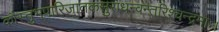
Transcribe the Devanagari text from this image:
कौस्तुभपारिजातकसुराधन्वन्तरिश्चन्द्रमाः।